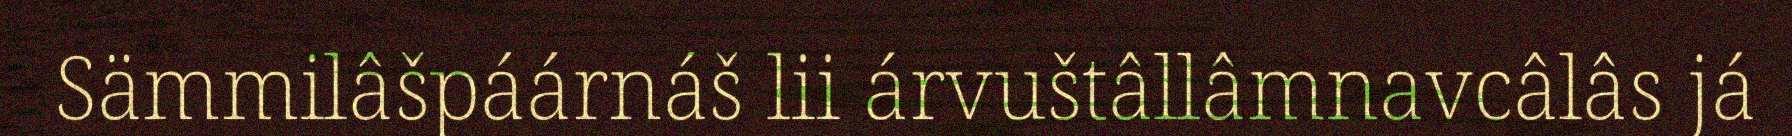
Sämmilâšpáárnáš lii árvuštâllâmnavcâlâs já